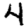
Digit: 4